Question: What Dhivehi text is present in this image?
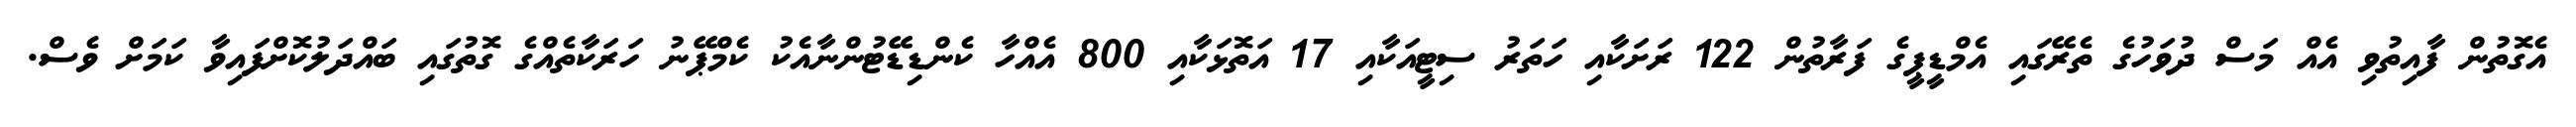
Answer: އެގޮތުން ފާއިތުވި އެއް މަސް ދުވަހުގެ ތެރޭގައި އެމްޑީޕީގެ ފަރާތުން 122 ރަށަކާއި ހަތަރު ސިޓީއަކާއި 17 އަތޮޅަކާއި 800 އެއްހާ ކެންޑިޑޭޓުންނާއެކު ކެމްޕޭނު ހަރަކާތެއްގެ ގޮތުގައި ބައްދަލުކޮށްފައިވާ ކަމަށް ވެސް.